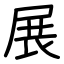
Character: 展